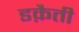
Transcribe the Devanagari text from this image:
डक़ैती